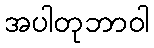
အပါတုဘာဝါ